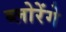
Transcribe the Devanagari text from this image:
ब्लोरेंगे